Manual of the Civil Veterinary Department, Central Provinces and Berar
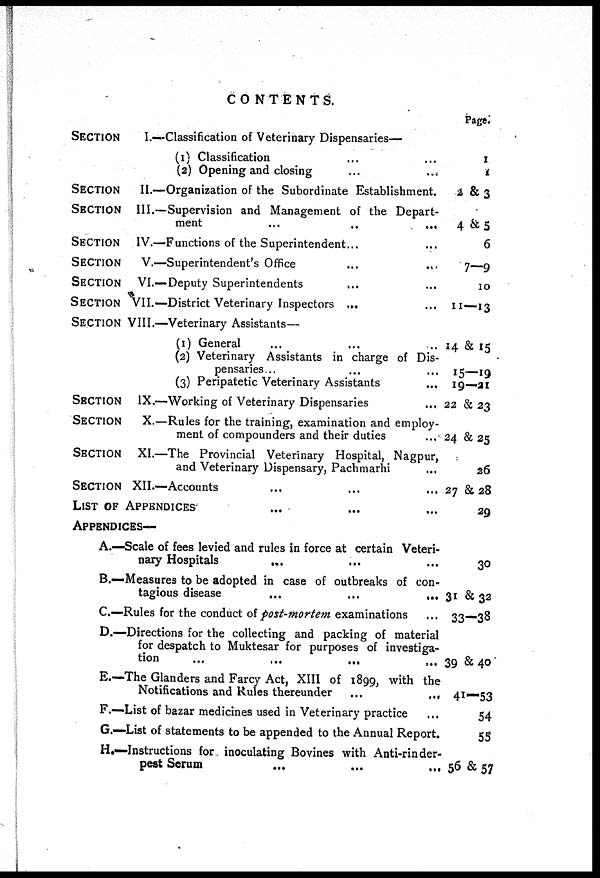
CONTENTS.
SECTION
I.—Classification of Veterinary Dispensaries—
(1) Classification ... ...
(2) Opening and closing ... ...
SECTION
II.—Organization of the Subordinate Establishment.
SECTION III.—Supervision and Management of the Depart-
ment ... ... ... ...
SECTION IV.—Functions of the Superintendent... ...
SECTION
V.—Superintendent's Office ... ...
SECTION VI.—Deputy Superintendents ... ...
SECTION VII.—District Veterinary Inspectors ... ...
SECTION VIII.—Veterinary Assistants—
(1) General ... ... ...
(2) Veterinary Assistants in charge of Dis-
pensaries ... ... ...
(3) Peripatetic Veterinary Assistants ...
SECTION IX.—Working of Veterinary Dispensaries ...
SECTION
X.—Rules for the training, examination and employ-
ment of compounders and their duties ...
SECTION XI.—The Provincial Veterinary Hospital, Nagpur,
and Veterinary Dispensary, Pachmarhi ...
SECTION XII.—Accounts ... ... ...
LIST OF APPENDICES ... ... ...
APPENDICES—
A.—Scale of fees levied and rules in force at certain Veteri-
nary Hospitals ... ... ...
B.—Measures to be adopted in case of outbreaks of con-
tagious disease ... ... ...
C.—Rules for the conduct of post-mortem examinations
D.—Directions for the collecting and packing of material
for despatch to Muktesar for purposes of investiga-
tion ... ... ... ...
E.—The Glanders and Farcy Act, XIII of 1899, with the
Notifications and Rules thereunder ... ...
F.—List of bazar medicines used in Veterinary practice ...
G.—List of statements to be appended to the Annual Report.
H.—Instructions for inoculating Bovines with Anti-rinder-
pest Serum ... ... ...
Page.
1
1
2 & 3
4 & 5
6
7—9
10
11—13
14 & 15
15—19
19—21
22 & 23
24 & 25
26
27 & 28
29
30
31 & 32
33—38
39 & 40
41—53
54
55
56 & 57